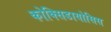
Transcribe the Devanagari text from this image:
कोक्सिडायोसिस